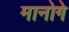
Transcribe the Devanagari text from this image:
मानोगे